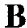
B